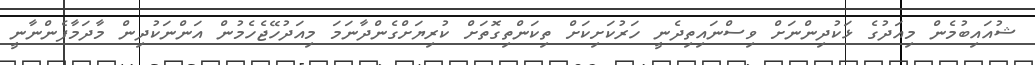
ޝުއައިބުމެން މިއަދުގެ ޅަކުދިންނަށް ވިސްނައިތިދެނީ ހަރުކަށިކަށް ތިކަންތިގޮތަށް ކުރިޔަށްގެންދާނަމަ މިއަދުހޭޖެހެމުން އަންނަކުދިން މާދަމާފެންނާނީ